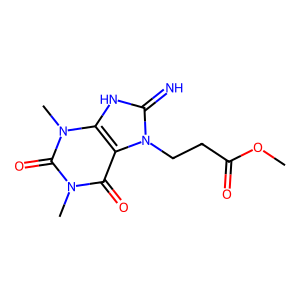
SMILES: COC(=O)CCn1c(=N)[nH]c2c1c(=O)n(C)c(=O)n2C
Inhibits HIV replication: No